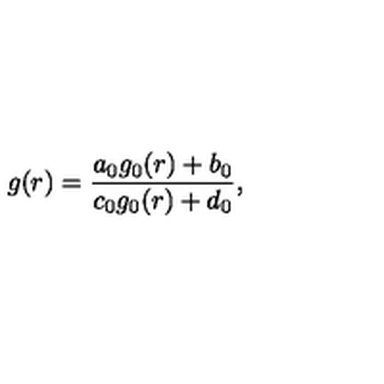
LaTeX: g ( r ) = { \frac { a _ { 0 } g _ { 0 } ( r ) + b _ { 0 } } { c _ { 0 } g _ { 0 } ( r ) + d _ { 0 } } } ,